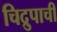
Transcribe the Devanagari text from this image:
चिद्रुपाची